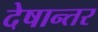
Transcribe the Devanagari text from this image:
देषान्‍तर